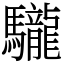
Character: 䮾